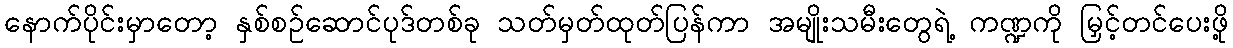
နောက်ပိုင်းမှာတော့ နှစ်စဉ်ဆောင်ပုဒ်တစ်ခု သတ်မှတ်ထုတ်ပြန်ကာ အမျိုးသမီးတွေရဲ့ ကဏ္ဍကို မြှင့်တင်ပေးဖို့